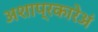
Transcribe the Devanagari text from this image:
अशाप्रकारेअं